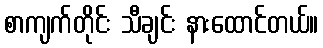
စာကျက်တိုင်း သီချင်း နားထောင်တယ်။